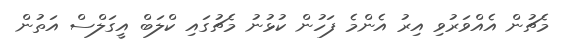
މެޗުން އެއްވަރުވި އިރު އެންމެ ފަހުން ކުޅުނު މެޗުގައި ކްލަބް އީގަލްސް އަތުން